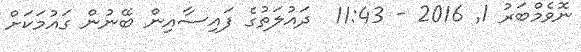
ނޮވެމްބަރު 1